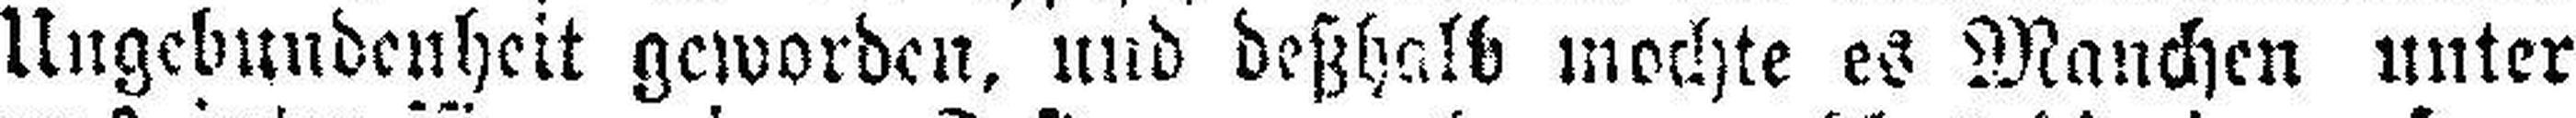
Ungebundenheit geworden, und deßhalb mochte es Manchen unter